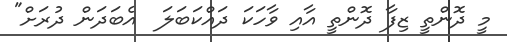
މީ ދޮންތީ ޒިފާ ދޮންތީ އާއި ވާހަކަ ދައްކަބަލަ  އެބަދަން ދުރަށް"